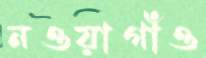
নওয়াগাঁও